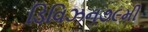
ડિવિઝન૭૯મી